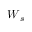
\boldsymbol { W } _ { s }